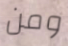
ومن